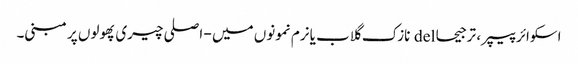
اسکوائر پیپر ، ترجیحا del نازک گلاب یا نرم نمونوں میں - اصلی چیری پھولوں پر مبنی۔